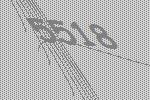
5518